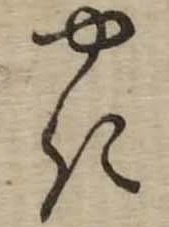
やき